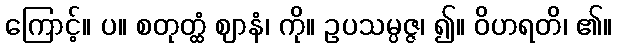
ကြောင့်။ ပ။ စတုတ္ထံ ဈာနံ၊ ကို။ ဥပသမ္ပဇ္ဇ၊ ၍။ ဝိဟရတိ၊ ၏။